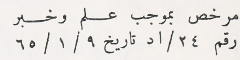
مرخص بموجب علم وخبر رقم ٢٤/اد تاريخ ٩/ ١/ ٦٥